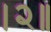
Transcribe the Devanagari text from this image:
।२॥